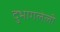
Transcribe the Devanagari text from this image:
दुभागलेली